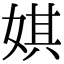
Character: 娸